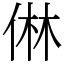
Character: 㑣